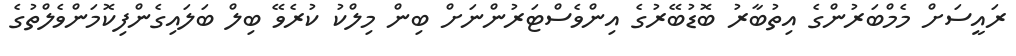
ރައީސަށް މެމްބަރުންގެ އިތުބާރު ބޮޑުބޭރުގެ އިންވެސްޓަރުންނަށް ބިން މިލްކު ކުރެވޭ ބިލް ބަލައިގެންފިކޮމަންވެލްތުގެ